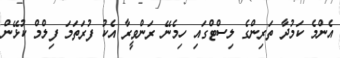
އެންމެ ކަމުދާ ތަރިންގެ ލިސްޓްގައި ހިމެނޭ ރަންވީރާ އެކު ފުރަތަމަ ފިލްމް ކުޅޭން